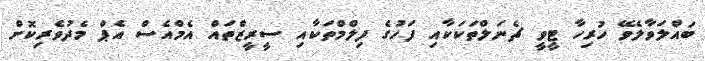
ބައްލަވާލެވޭ ހުރިހާ ޓީވީ ޗެނަލްތަކަކާއި ފަހުގެ ފިލްމްތަކާއި ސީރީޒްތައް އެމްއެސް އެޕް މެދުވެރިކޮށް